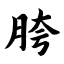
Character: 胯